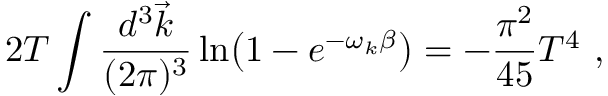
2 T \int { \frac { d ^ { 3 } \vec { k } } { ( 2 \pi ) ^ { 3 } } } \ln \bigl ( 1 - e ^ { - \omega _ { k } \beta } \bigr ) = - { \frac { \pi ^ { 2 } } { 4 5 } } T ^ { 4 } \ ,